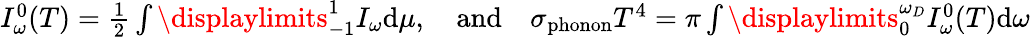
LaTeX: \begin{array}{r}{I_{\omega}^{0}(T)=\frac{1}{2}\int\displaylimits_{-1}^{1}I_{\omega}\textrm{d}\mu,\quad\textrm{and}\quad\sigma_{\textrm{phonon}}T^{4}=\pi\int\displaylimits_{0}^{\omega_{D}}I_{\omega}^{0}(T)\textrm{d}\omega}\end{array}